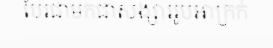
បែរជាមកជាសង្សាររូបអាក្រក់